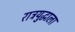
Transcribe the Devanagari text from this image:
रात्रयुद्धाला